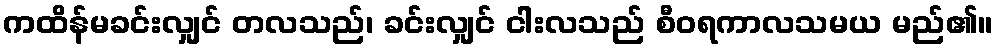
ကထိန်မခင်းလျှင် တလသည်၊ ခင်းလျှင် ငါးလသည် စီဝရကာလသမယ မည်၏။